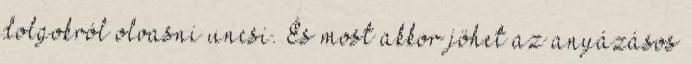
dolgokról olvasni uncsi. És most akkor jöhet az anyázásos